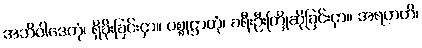
အဘိဝါဒေတုံ၊ ရှိခိုးခြင်းငှာ။ ပစ္စုဋ္ဌာတုံ၊ ခရီးဦးကြိုဆိုခြင်းငှာ။ အရဟတိ၊